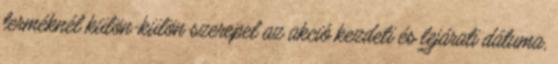
terméknél külön-külön szerepel az akció kezdeti és lejárati dátuma,